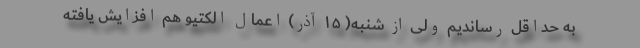
به حداقل رساندیم ولی از شنبه( ۱۵ آذر) اعمال الکتیو هم افزایش یافته